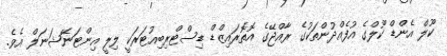
ކޫލް އެންޑް ކޫލްގެ އުފެއްދުންތަކުގެ ރާއްޖޭގެ އޮތޮރައިޒްޑް ޑިސްޓްރިބިއުޓަރަކީ ލިލީ އިންޓަނޭޝަނަލް އެވެ.